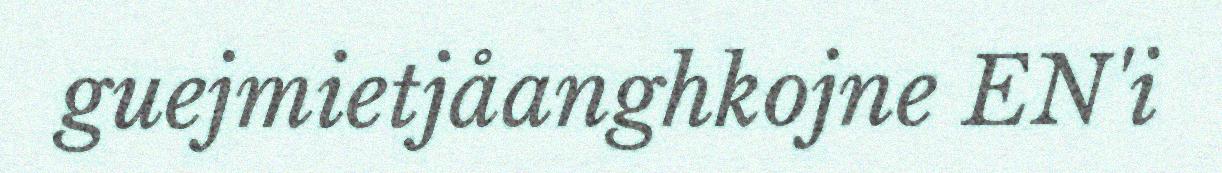
guejmietjåanghkojne EN'i